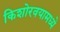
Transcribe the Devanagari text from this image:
किशोरवयामध्ये